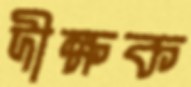
দীক্ষক